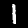
Label: 1